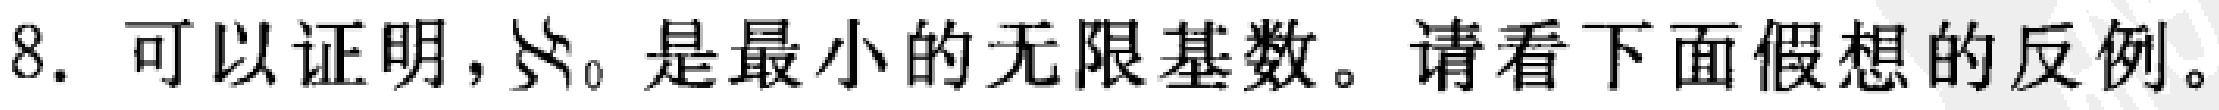
8. 可以证明，$\aleph_0$ 是最小的无限基数。请看下面假想的反例。